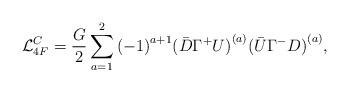
LaTeX: \begin{align*}{\cal L}_{4F}^C=\frac{G}{2}\sum_{a=1}^{2}{(-1)}^{a+1}{(\bar{D}\Gamma^+U)}^{(a)}{(\bar{U}\Gamma^-D)}^{(a)},\end{align*}